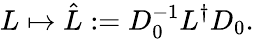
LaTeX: L\mapsto\hat{L}:=D_{0}^{-1}L^{\dagger}D_{0}.